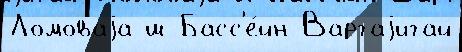
Ломоваjа ш Басс'е́йн Варгаjигай